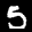
Label: 5